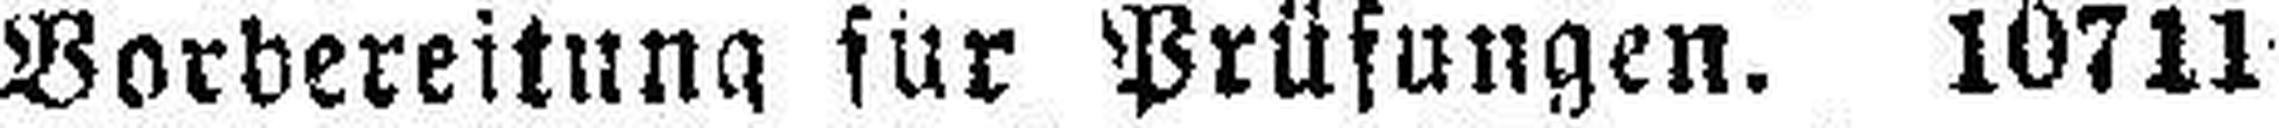
Barbereitung für Prüfungen. 10711